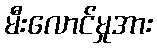
မီးလောင်မှုအား